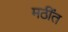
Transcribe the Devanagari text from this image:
मठींत